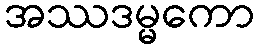
အဿဒမ္မကော